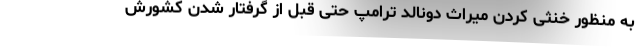
به منظور خنثی کردن میراث دونالد ترامپ حتی قبل از گرفتار شدن کشورش